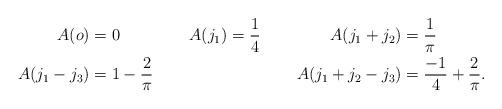
LaTeX: \begin{align*} A(o) &= 0 & A(j_1) &= \frac{1}{4} & A(j_1+j_2) &= \frac{1}{\pi} \\ A(j_1-j_3) &= 1 - \frac{2}{\pi} & & & A(j_1 + j_2 - j_3) &= \frac{-1}{4} + \frac{2}{\pi}. \end{align*}